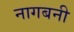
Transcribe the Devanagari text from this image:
नागबनी